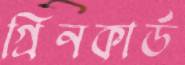
গ্রিনকার্ড